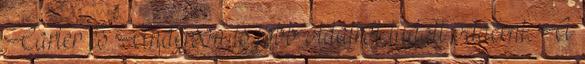
Carter és Anderson is jobb oldalról tudott odaérni. A